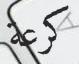
كرعة